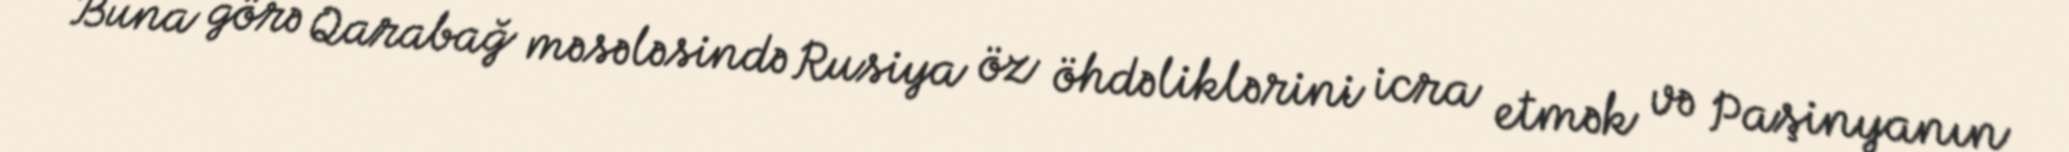
Buna görə Qarabağ məsələsində Rusiya öz öhdəliklərini icra etmək və Paşinyanın